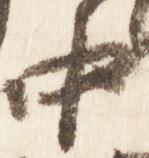
中